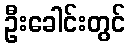
ဦးခေါင်းတွင်